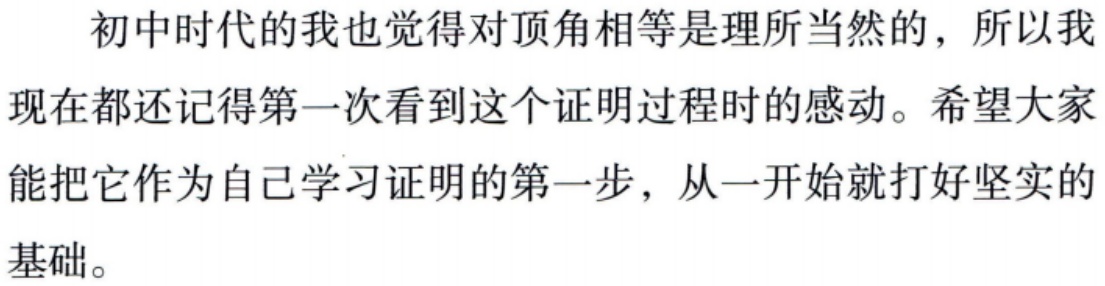
初中时代的我也觉得对顶角相等是理所当然的，所以我现在都还记得第一次看到这个证明过程时的感动。希望大家能把它作为自己学习证明的第一步，从一开始就打好坚实的基础。